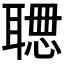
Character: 𱻾